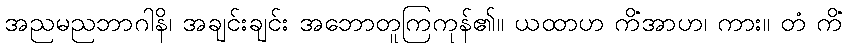
အညမညဘာဂါနိ၊ အချင်းချင်း အဘောတူကြကုန်၏။ ယထာဟ ကိံအာဟ၊ ကား။ တံ ကိံ